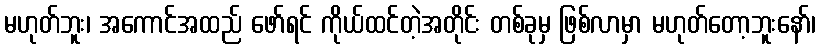
မဟုတ်ဘူး၊ အကောင်အထည် ဖော်ရင် ကိုယ်ထင်တဲ့အတိုင်း တစ်ခုမှ ဖြစ်လာမှာ မဟုတ်တော့ဘူးနော်၊